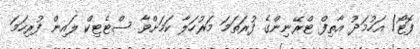
ފޮޓޯ/ އަހުމަދު އާތިފް ޓްރޭނިންގެ ފުރަތަމަ މަރުހަލާ ކަމަށްވާ ސްޓެޓިކް ލައިން ފުރިހަމަ